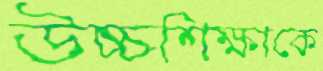
উচ্চশিক্ষাকে